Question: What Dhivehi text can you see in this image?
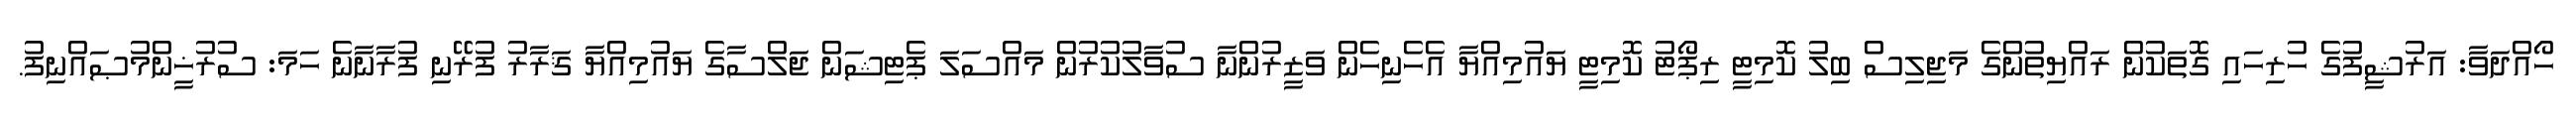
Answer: ހޯއްދަވާ: އަރުޝީފުގެ ހުރިހައި ގޮތަކުން ރައްޔިތުންގެ މަޖިލިސް ބިލު ކޮމިޓީ ރިޕޯޓު ކޮމިޓީ ޔައުމިއްޔާ އެހެނިހެން ވަޒީރުންނާ ސުވާލުކުރުން މައްސަލަ ޕެޓިޝަން ޖަލްސާގެ ޔައުމިއްޔާ ޤަރާރު ފުރޭނި ފުރާނާނެ ހަމަ: ސުރުޚީންމުޞައްނިފު.